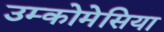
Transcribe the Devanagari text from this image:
उम्कोमेसिया